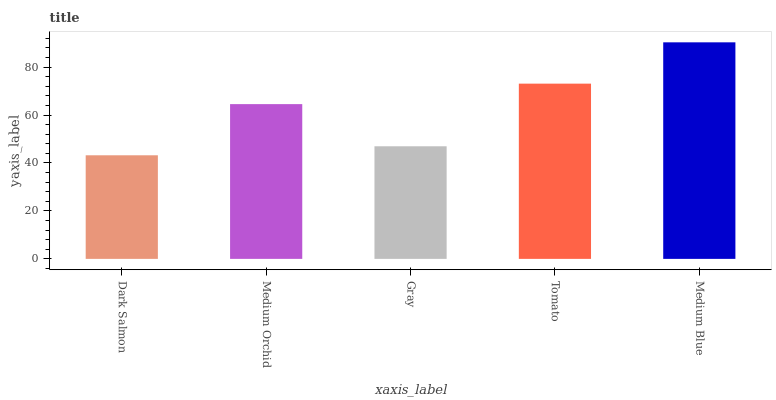
| xaxis_label | bars |
 | --- | --- |
 | Dark Salmon | 43.2 |
 | Medium Orchid | 64.6 |
 | Gray | 47 |
 | Tomato | 73.1 |
 | Medium Blue | 90.3 |